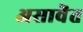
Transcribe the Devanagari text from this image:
असावॆत